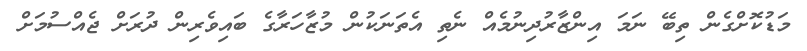
މަޑުކޮށްގެން ތިބޭ ނަމަ އިންޒާރުދިނުމެއް ނެތި އެތަނަކުން މުޒާހަރާގެ ބައިވެރިން ދުރަށް ޖެއްސުމަށް